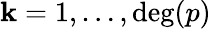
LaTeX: \mathbf{k}=1,\ldots,\deg(p)